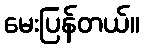
မေးပြန်တယ်။